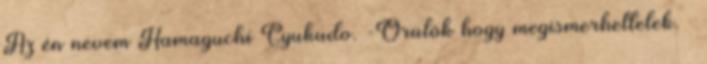
Az én nevem Hamaguchi Gyukudo. -Örülök hogy megismerhettelek. –